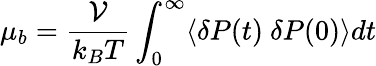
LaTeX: \mu_{b}=\frac{\mathcal{V}}{k_{B}T}\int_{0}^{\infty}\langle\delta P(t)~\delta P(0)\rangle dt